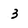
Character: 3